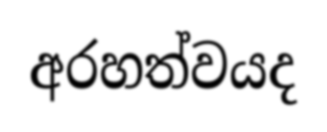
අරහත්වයද